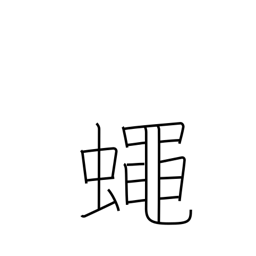
Meaning: fly